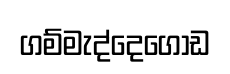
ගම්මැද්දෙගොඩ